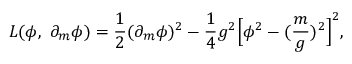
L ( \phi , \ \partial _ { m } \phi ) = \frac { 1 } { 2 } ( \partial _ { m } \phi ) ^ { 2 } - \frac { 1 } { 4 } g ^ { 2 } \Bigl [ \phi ^ { 2 } - ( \frac { m } { g } ) ^ { 2 } \Bigr ] ^ { 2 } ,